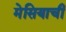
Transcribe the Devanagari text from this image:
मेसियाची